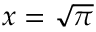
x = { \sqrt { \pi } }